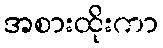
အစားထိုးကာ